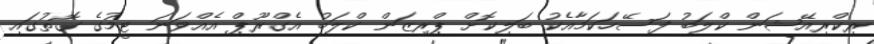
ރިކްރިއޭޝަން ކްލަބު ފަސޭހަކަމާއެކު ބަލިކޮށް ޕްރިޒަން ކްލަބު އެގްރޫޕް އެއްވަނަ ޓީމުގެ ގޮތުގައި